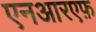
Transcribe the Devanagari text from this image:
एनआरएफ़